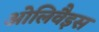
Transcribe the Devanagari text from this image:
ओलिवैइस